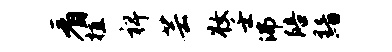
看植裨芸妆壬沸陪黯